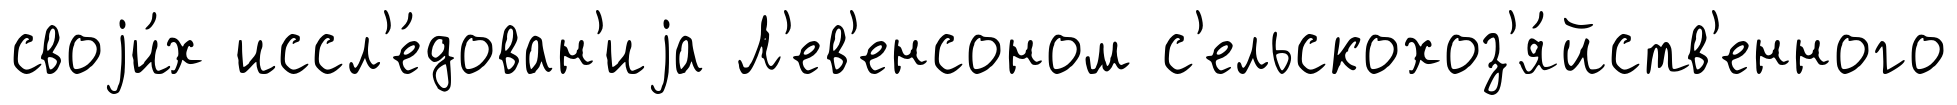
своjи́х иссл'е́дован'иjа Л'ев'енсоном с'ельскохоз'я́йств'енного